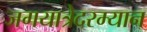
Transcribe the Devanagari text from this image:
जगयात्रेदरम्यान